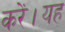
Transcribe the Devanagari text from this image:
करें।यह